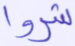
شروا